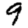
Digit: 9